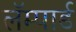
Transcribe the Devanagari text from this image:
लॅम्पार्ड